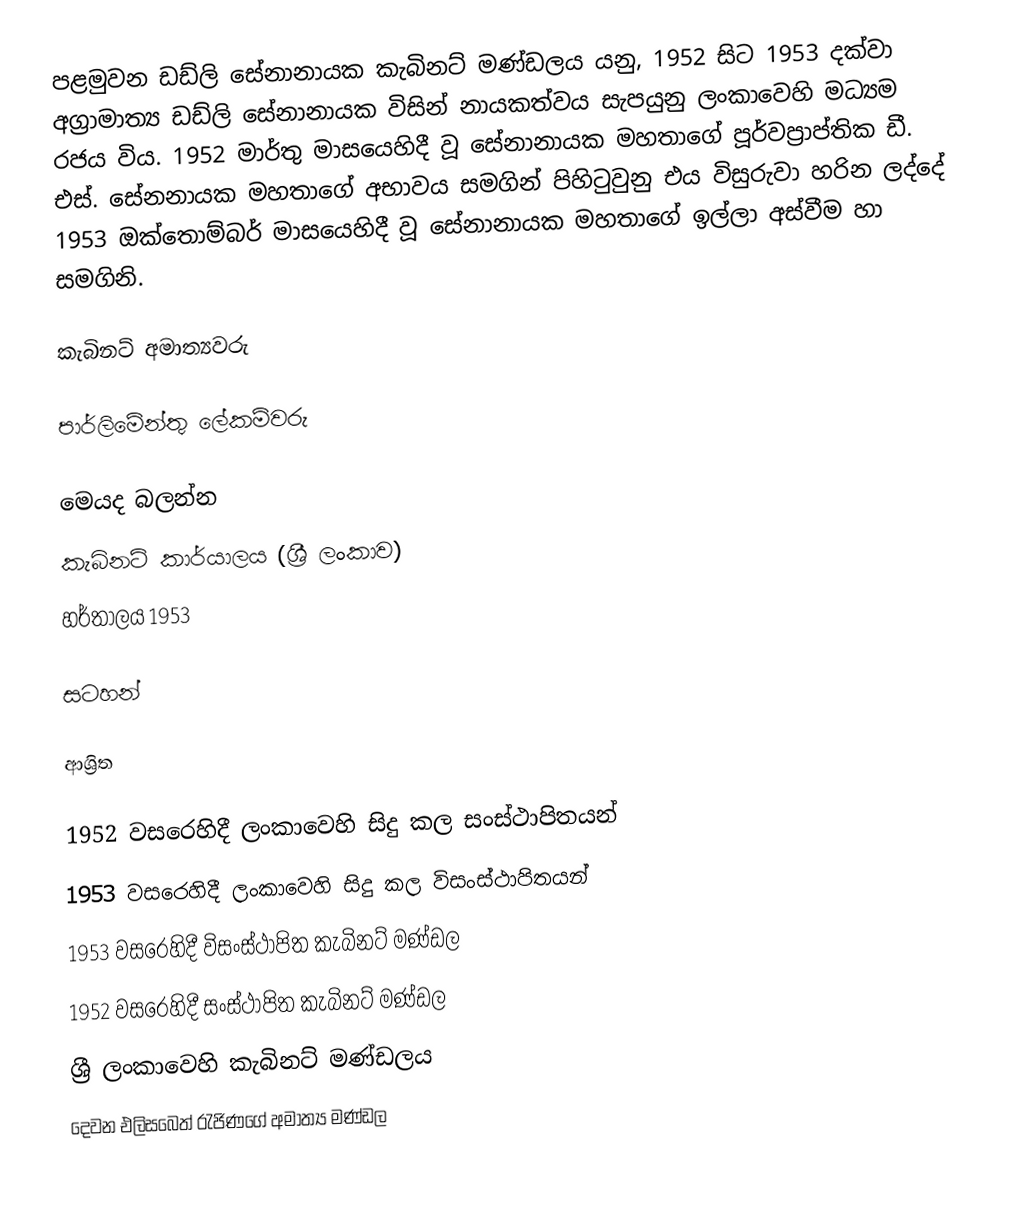
පළමුවන ඩඩ්ලි සේනානායක කැබිනට් මණ්ඩලය යනු,  1952 සිට 1953 දක්වා අග්‍රාමාත්‍ය ඩඩ්ලි සේනානායක විසින් නායකත්වය සැපයුනු ලංකාවෙහි මධ්‍යම රජය විය. 1952 මාර්තු මාසයෙහිදී වූ සේනානායක මහතාගේ පූර්වප්‍රාප්තික ඩී. එස්. සේනනායක මහතාගේ අභාවය සමගින් පිහිටුවුනු එය විසුරුවා හරින ලද්දේ  1953 ඔක්තොම්බර් මාසයෙහිදී වූ සේනානායක මහතාගේ ඉල්ලා අස්වීම හා සමගිනි.

කැබිනට් අමාත්‍යවරු

පාර්ලිමේන්තු ලේකම්වරු

මෙයද බලන්න
 කැබිනට් කාර්යාලය (ශ්‍රී ලංකාව)
 හර්තාලය 1953

සටහන්

ආශ්‍රිත

1952 වසරෙහිදී ලංකාවෙහි සිදු කල සංස්ථාපිතයන්
1953 වසරෙහිදී ලංකාවෙහි සිදු කල විසංස්ථාපිතයන්
1953 වසරෙහිදී විසංස්ථාපිත කැබිනට් මණ්ඩල
1952 වසරෙහිදී සංස්ථාපිත කැබිනට් මණ්ඩල
ශ්‍රී ලංකාවෙහි කැබිනට් මණ්ඩලය
දෙවන එලිසබෙත් රැජිණගේ අමාත්‍ය මණ්ඩල